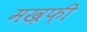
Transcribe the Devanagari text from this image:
मख़फ़ी